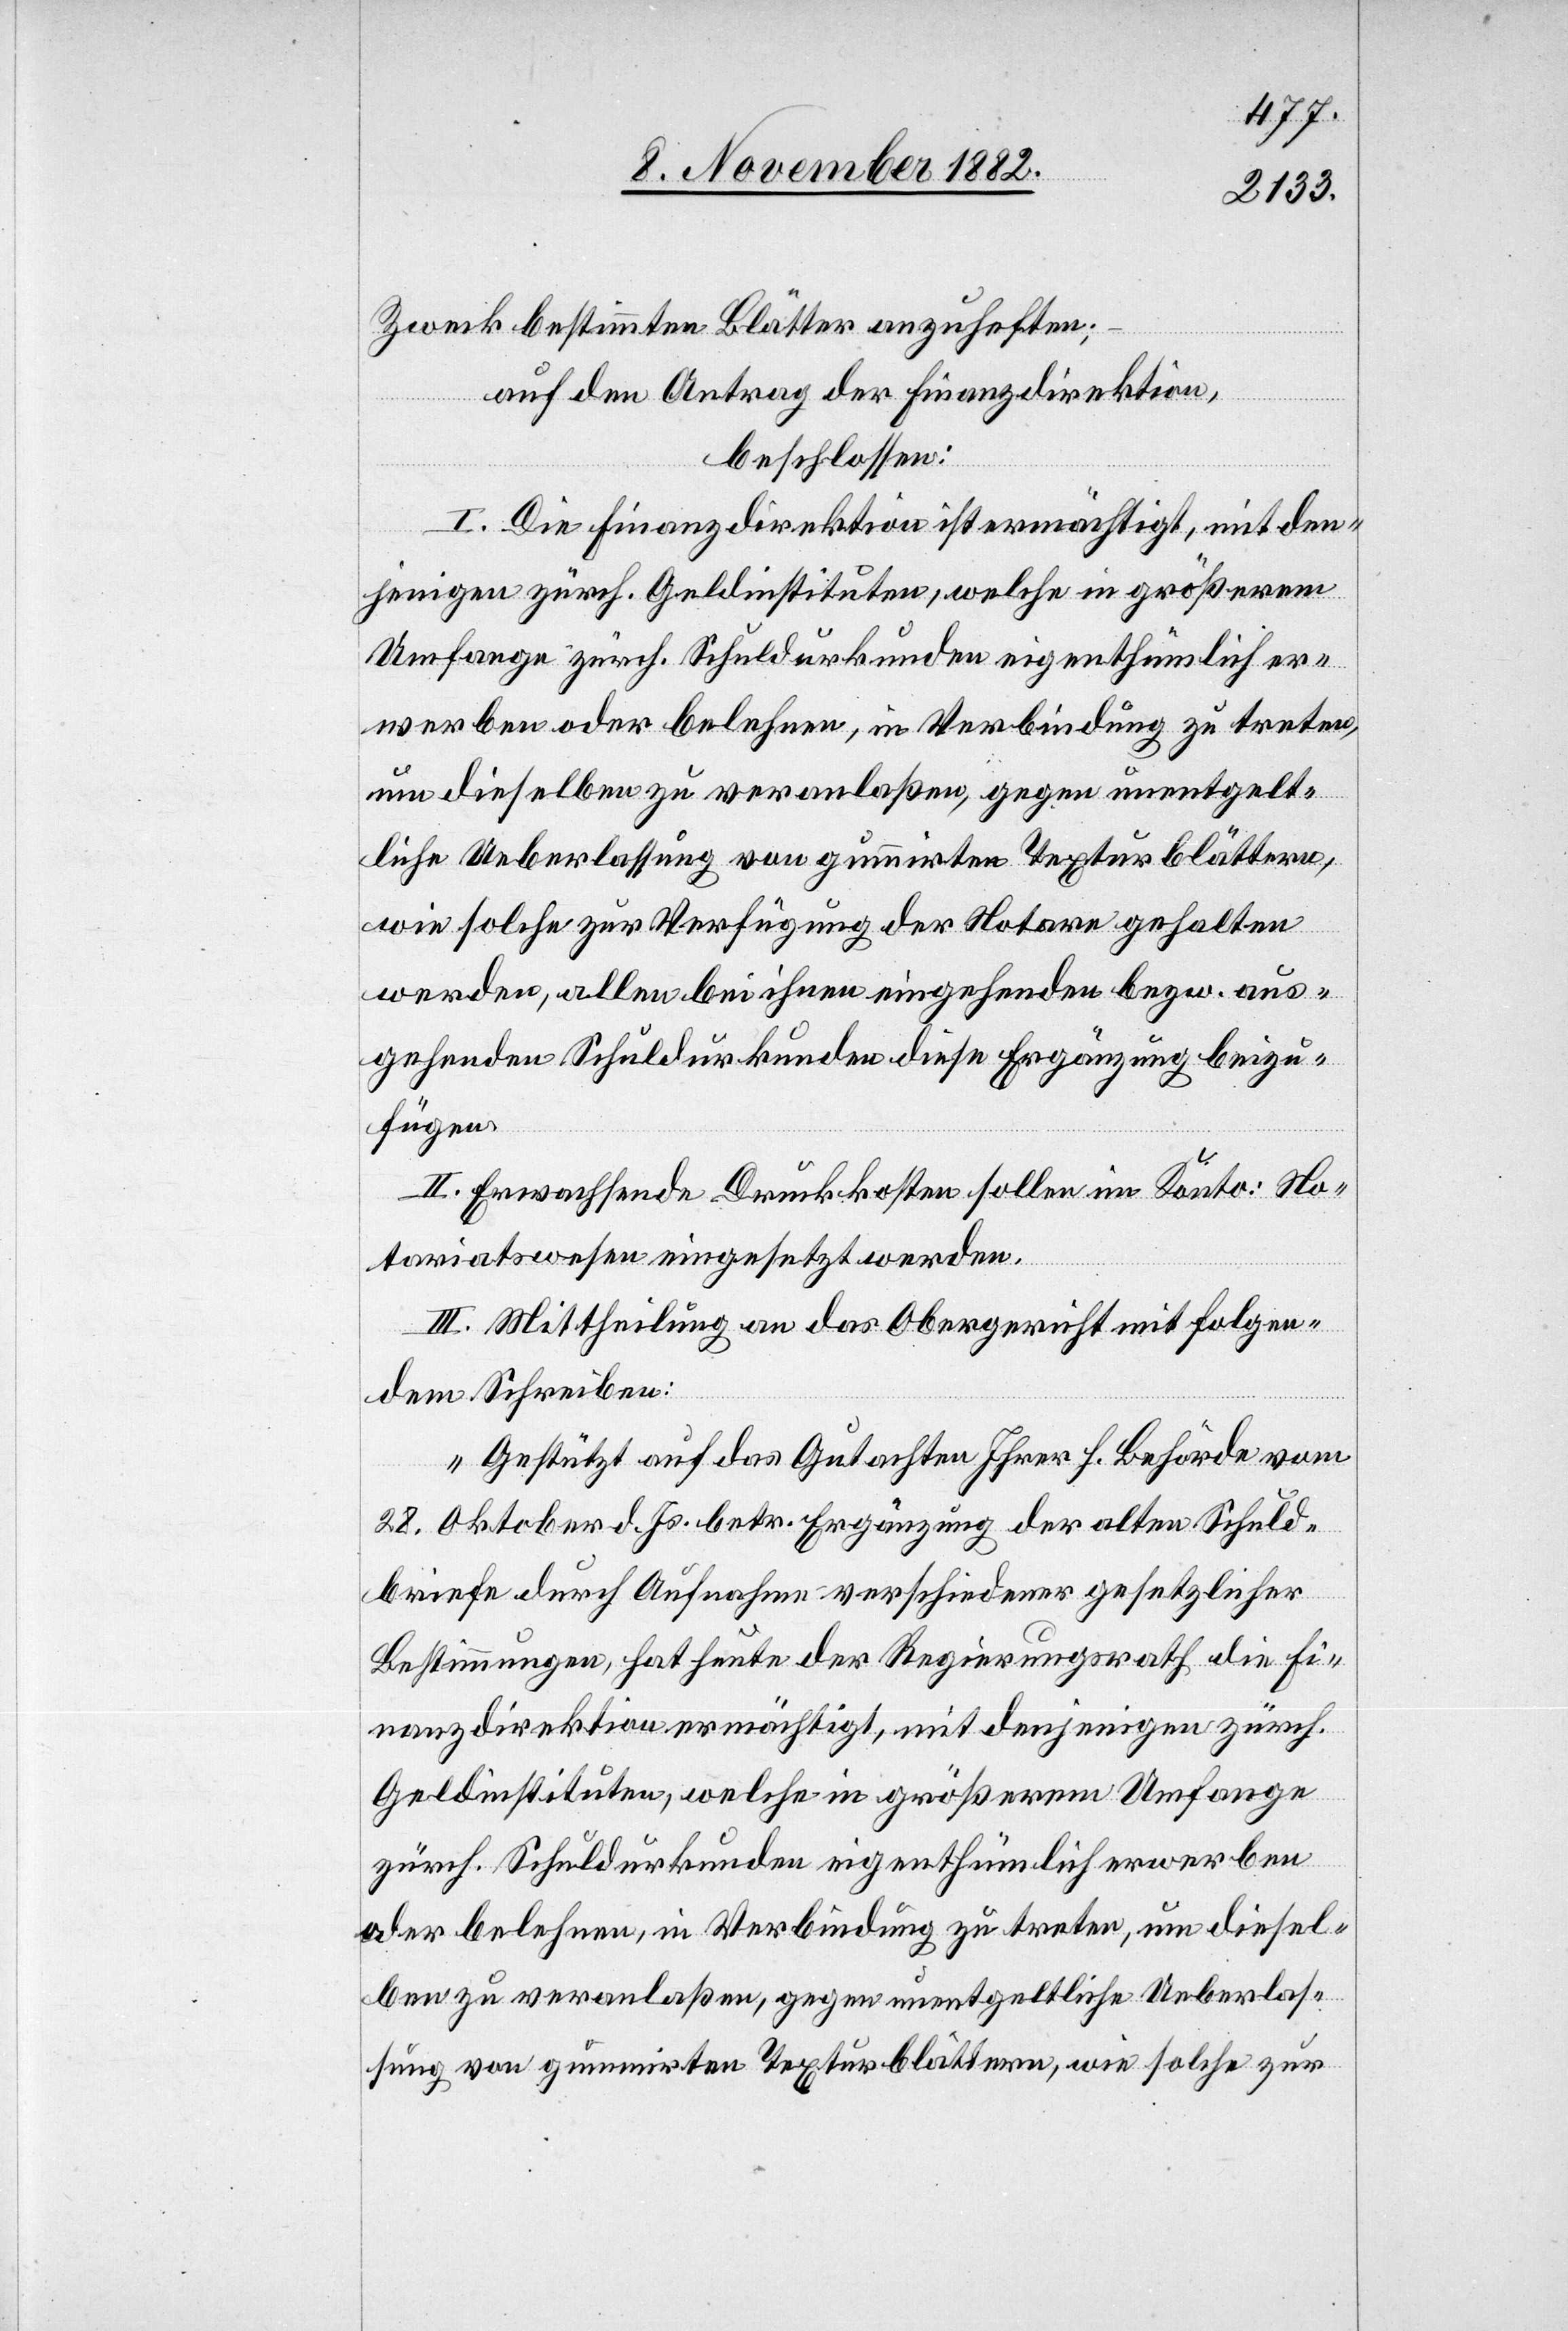
Zweck bestimmten Blätter anzuheften;
auf den Antrag der Finanzdirektion,
beschlossen:
I. Die Finanzdirektion ist ermächtigt, mit den¬
jenigen zürch. Geldinstituten, welche in größerem
Umfange zürch. Schuldurkunden eigenthümlich er¬
werben oder belehnen, in Verbindung zu treten,
um dieselben zu veranlaßen, gegen unentgelt¬
liche Ueberlassung von gummirten Texturblättern,
wie solche zur Verfügung der Notare gehalten
werden, allen bei ihnen eingehenden bezw. aus¬
gehenden Schuldurkunden diese Ergänzung beizu¬
fügen.
II. Erwachsende Druckkosten sollen im Konto: No¬
tariatswesen eingesetzt werden.
III. Mittheilung an das Obergericht mit folgen¬
dem Schreiben:
„Gestützt auf das Gutachten Ihrer h. Behörde vom
28. Oktober d. Js. betr. Ergänzung der alten Schuld¬
briefe durch Aufnahme verschiedener gesetzlicher
Bestimmungen, hat heute der Regierungsrath die Fi¬
nanzdirektion ermächtigt, mit denjenigen zürch.
Geldinstituten, welche in größerem Umfange
zürch. Schuldurkunden eigenthümlich erwerben
oder belehnen, in Verbindung zu treten, um diesel¬
ben zu veranlaßen, gegen unentgeltliche Ueberlas¬
sung von gummirten Texturblättern, wie solche zur